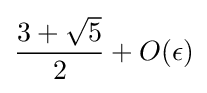
{\frac {3+{\sqrt {5}}}{2}}+O(\epsilon )